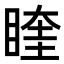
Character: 睳